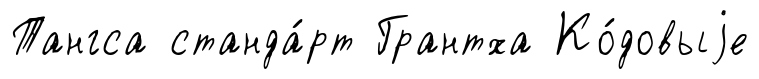
Тангса станда́рт Грантха Ко́довыjе